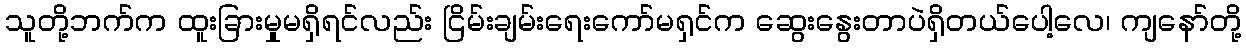
သူတို့ဘက်က ထူးခြားမှုမရှိရင်လည်း ငြိမ်းချမ်းရေးကော်မရှင်က ဆွေးနွေးတာပဲရှိတယ်ပေါ့လေ၊ ကျနော်တို့